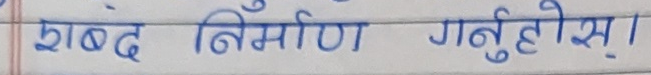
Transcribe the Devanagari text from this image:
शब्द निर्माण गर्नुहोस् ।